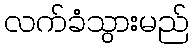
လက်ခံသွားမည်